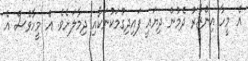
އެ މީހާ އިންޒާރު ދެމުން ދިޔައީ ފައިދިގުމަކުނަކާއި ދިމާލަށެވެ. އެ މީހާވެސް އެ